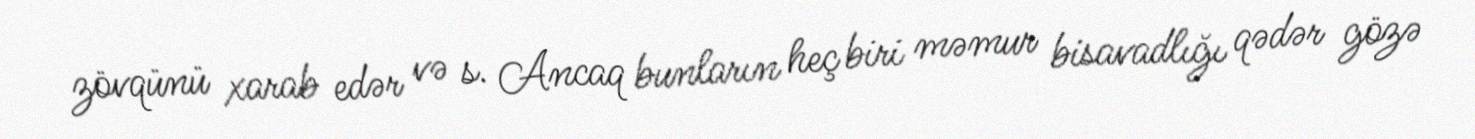
zövqünü xarab edər və s. Ancaq bunların heç biri məmur bisavadlığı qədər gözə